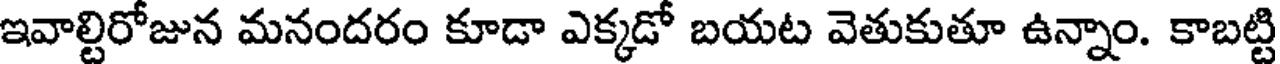
ఇవాల్టిరోజున మనందరం కూడా ఎక్కడో బయట వెతుకుతూ ఉన్నాం. కాబట్టి